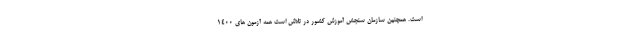
است. همچنین سازمان سنجش آموزش کشور در تلاش است همه آزمون های ۱۴۰۰